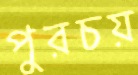
পুরচয়